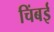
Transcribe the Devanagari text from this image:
चिंबई